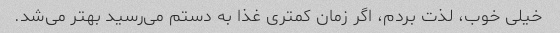
خیلی خوب، لذت بردم، اگر زمان کمتری غذا به دستم می‌رسید بهتر می‌شد.